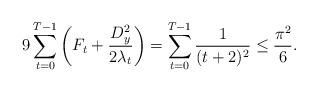
LaTeX: \begin{align*}9 \sum^{T-1}_{t=0} \left(F_t+\frac{D_y^2}{2\lambda_t}\right)&=\sum^{T-1}_{t=0}\frac{1}{(t+2)^2}\leq\frac{\pi^2}{6}.\end{align*}